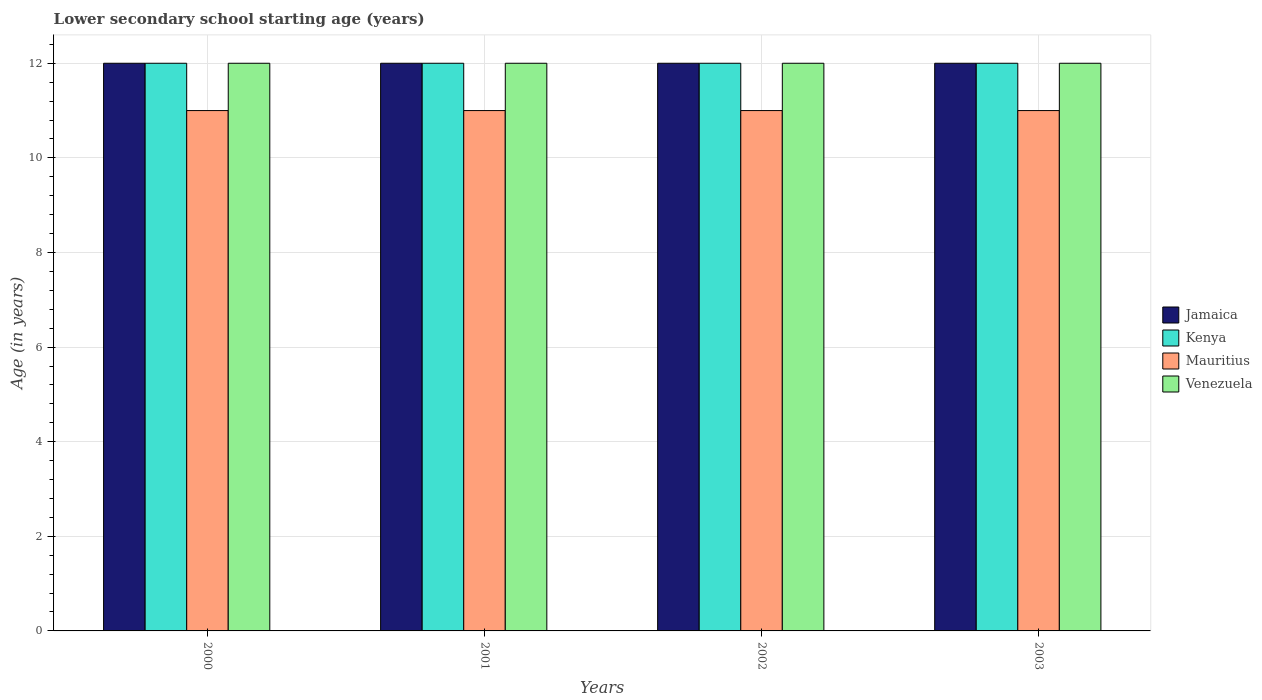
| Years | Jamaica | Kenya | Mauritius | Venezuela |
 | --- | --- | --- | --- | --- |
 | 2000 | 12 | 12 | 11 | 12 |
 | 2001 | 12 | 12 | 11 | 12 |
 | 2002 | 12 | 12 | 11 | 12 |
 | 2003 | 12 | 12 | 11 | 12 |